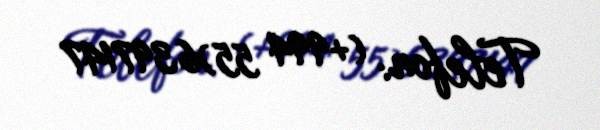
Telefon: (+994 55)6397147